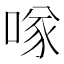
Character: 𠸌